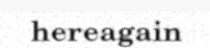
hereagain